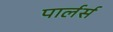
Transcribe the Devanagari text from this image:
पार्लर्स